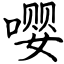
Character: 嘤